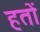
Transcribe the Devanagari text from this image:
हतों